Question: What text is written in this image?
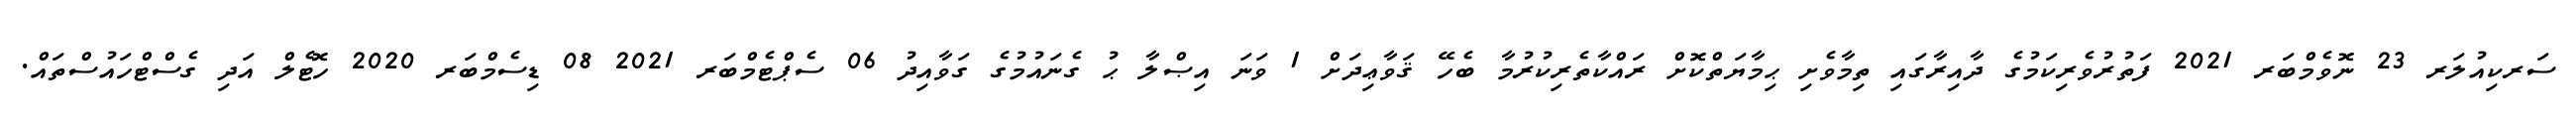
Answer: ސަރކިއުލަރ 23 ނޮވެމްބަރ 2021 ފަތުރުވެރިކަމުގެ ދާއިރާގައި ތިމާވެށި ޙިމާޔަތްކޮށް ރައްކާތެރިކުރުމާ ބެހޭ ޤަވާޢިދަށް 1 ވަނަ އިޞްލާ ޙު ގެނައުމުގެ ގަވާއިދު 06 ސެޕްޓެމްބަރ 2021 08 ޑިސެމްބަރ 2020 ހޮޓެލް އަދި ގެސްޓްހައުސްތައް.